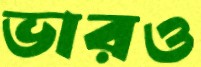
ভারও